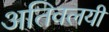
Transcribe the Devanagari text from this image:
अतिवलयी